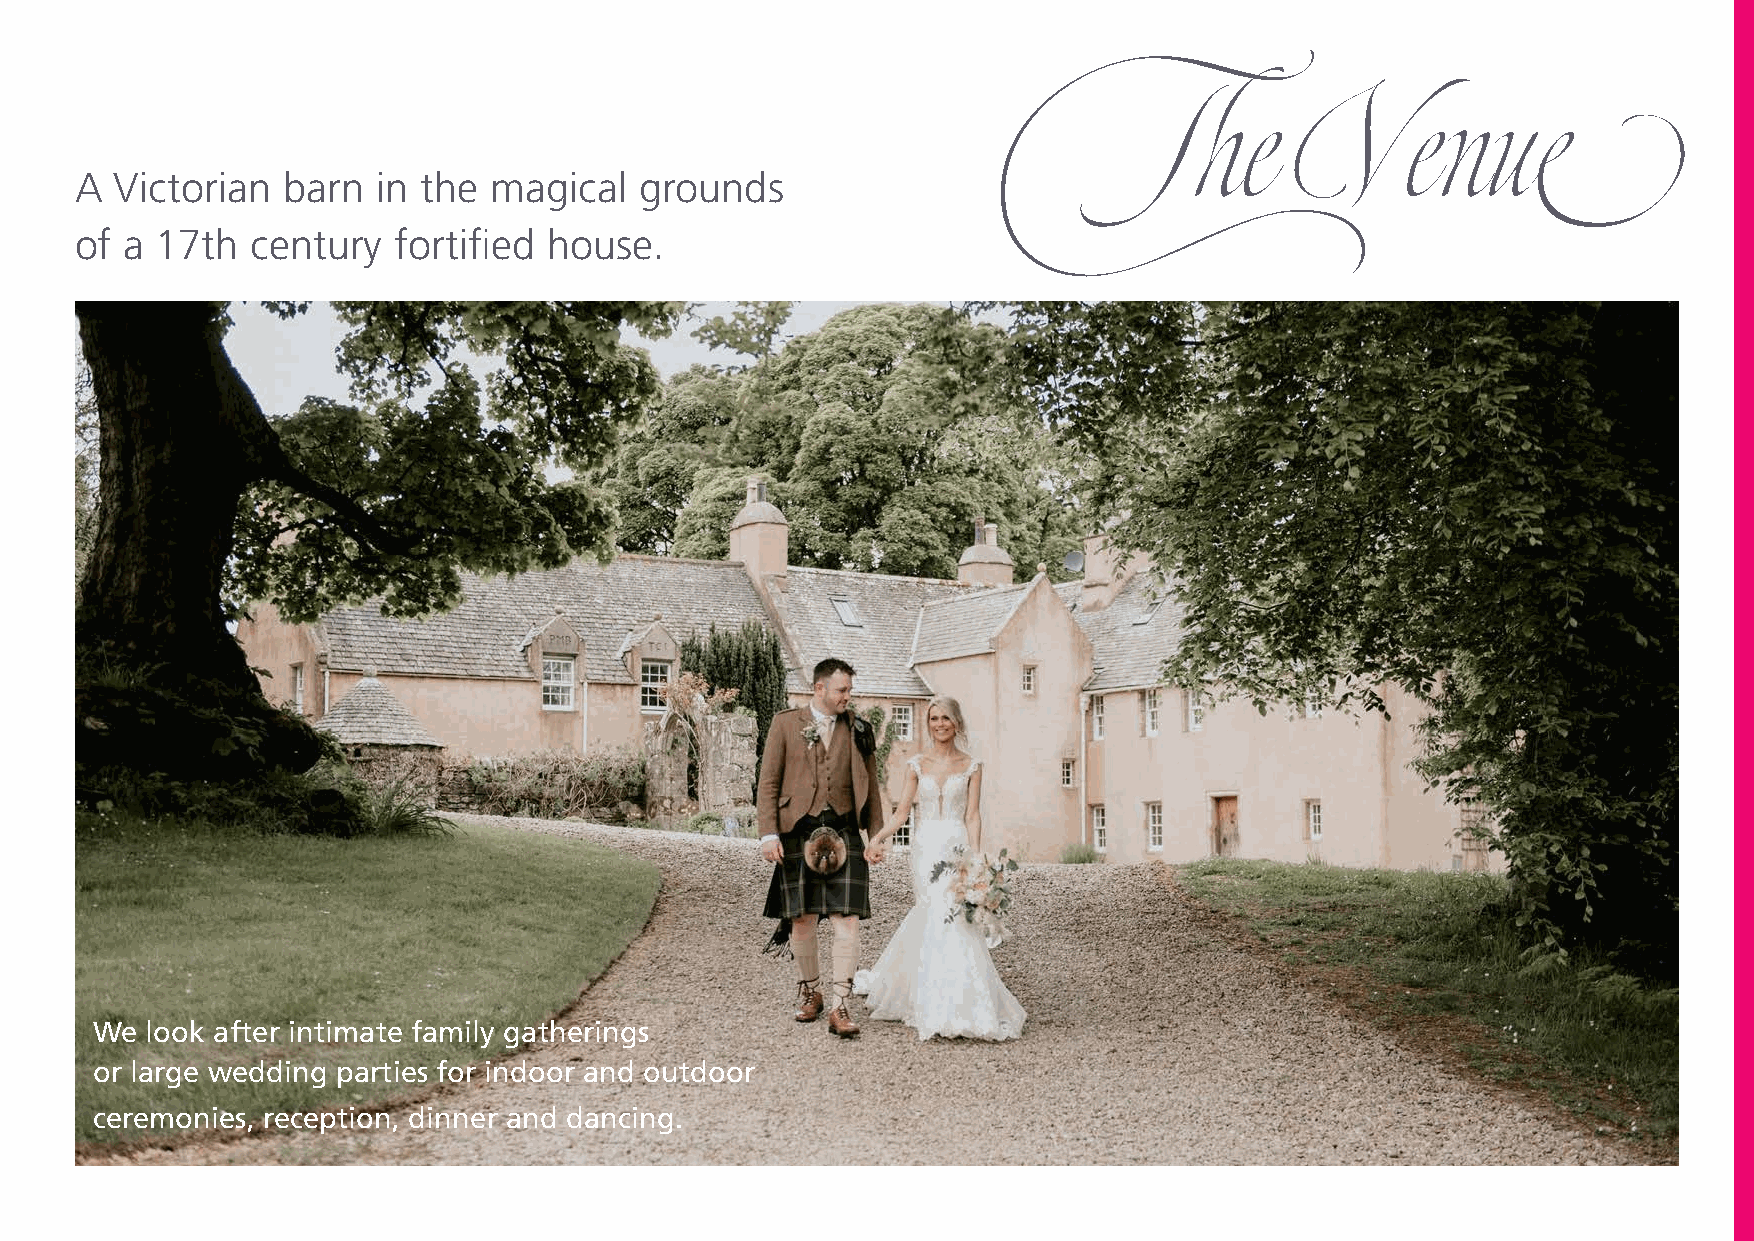
The               Ve        nue
 A  Victorian  barn  in the magical   grounds
 of a 17th   century  fortified house.
 We  look after intimate family gatherings
 or large wedding parties for indoor and outdoor
 ceremonies, reception, dinner and dancing.